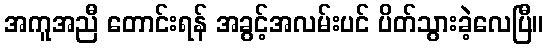
အကူအညီ တောင်းရန် အခွင့်အလမ်းပင် ပိတ်သွားခဲ့လေပြီ။